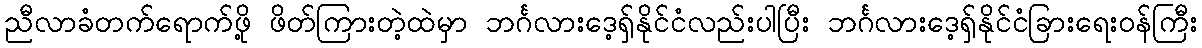
ညီလာခံတက်ရောက်ဖို့ ဖိတ်ကြားတဲ့ထဲမှာ ဘင်္ဂလားဒေ့ရှ်နိုင်ငံလည်းပါပြီး ဘင်္ဂလားဒေ့ရှ်နိုင်ငံခြားရေးဝန်ကြီး